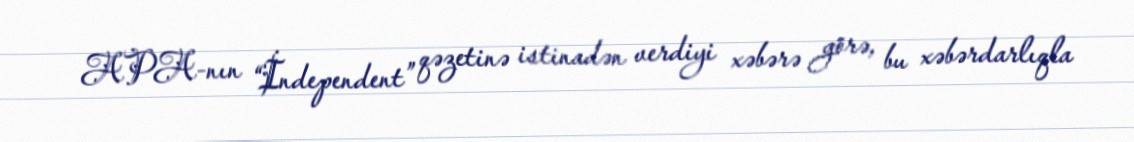
APA-nın “İndependent” qəzetinə istinadən verdiyi xəbərə görə, bu xəbərdarlıqla